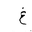
Letter: _gayn